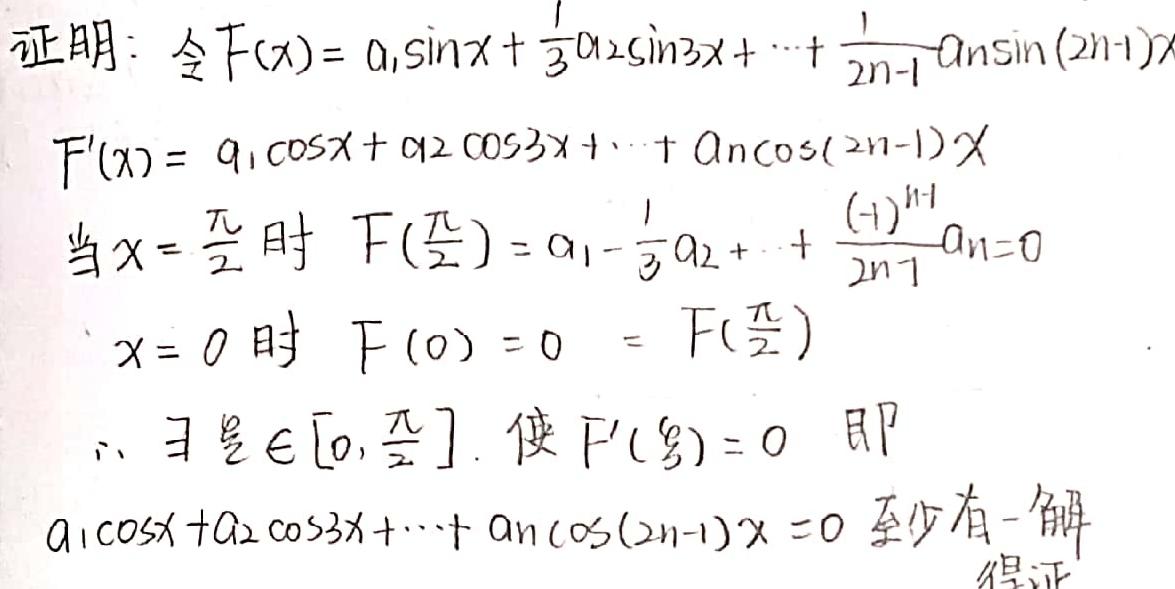
证明：令$F(x)=a_1\sin x+\frac{1}{3}a_2\sin3x+\cdots+\frac{1}{2n - 1}a_n\sin(2n - 1)x$
$F'(x)=a_1\cos x+a_2\cos3x+\cdots+a_n\cos(2n - 1)x$
当$x = \frac{\pi}{2}$时，$F(\frac{\pi}{2})=a_1-\frac{1}{3}a_2+\cdots+\frac{(-1)^{n - 1}}{2n - 1}a_n = 0$
$x = 0$时，$F(0)=0=F(\frac{\pi}{2})$
$\therefore\exists\xi\in[0,\frac{\pi}{2}]$，使$F'(\xi)=0$，即
$a_1\cos x+a_2\cos3x+\cdots+a_n\cos(2n - 1)x = 0$至少有一解
得证